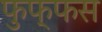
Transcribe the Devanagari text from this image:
फुफ्फस